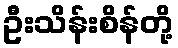
ဦးသိန်းစိန်တို့